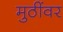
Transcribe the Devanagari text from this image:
मुठींवर